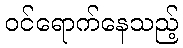
ဝင်ရောက်နေသည့်